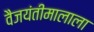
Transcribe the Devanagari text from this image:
वैजयंतीमालाला